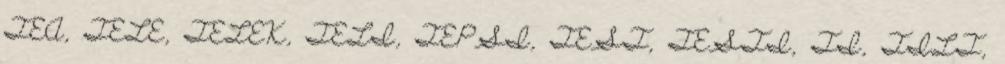
TEA, TELE, TELEK, TELI, TEPSI, TEST, TESTI, TI, TILT,